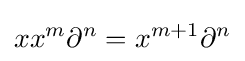
xx^{m}\partial ^{n}=x^{m+1}\partial ^{n}